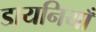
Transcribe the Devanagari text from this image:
डायनियाँ